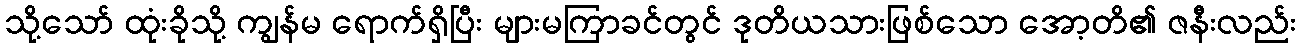
သို့သော် ထုံးခိုသို့ ကျွန်မ ရောက်ရှိပြီး များမကြာခင်တွင် ဒုတိယသားဖြစ်သော အော့တိ၏ ဇနီးလည်း